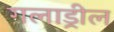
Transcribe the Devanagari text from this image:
गलाड्रील